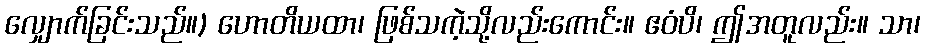
လျှောက်ခြင်းသည်။) ဟောတိယထာ၊ ဖြစ်သကဲ့သို့လည်းကောင်း။ ဧဝံပိ၊ ဤအတူလည်း။ သာ၊